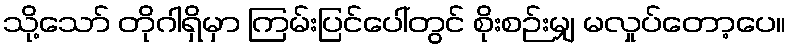
သို့သော် တိုဂါရှိမှာ ကြမ်းပြင်ပေါ်တွင် စိုးစဉ်းမျှ မလှုပ်တော့ပေ။